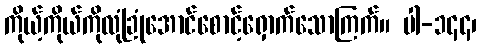
ကိုယ့်ကိုယ်ကိုလုံခြုံအောင်စောင့်ရှောက်သောကြက်။ ပါ-၁၄၄၊